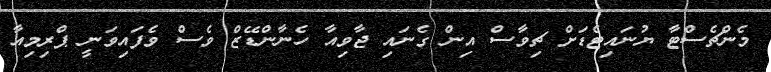
މެންޗެސްޓާ ޔުނައިޓެޑަށް ޗިވާސް އިން ގެނައި ޖާވިއާ ހެނާންޑޭޒް ވެސް ވެފައިވަނީ ޕްރިމިއާ